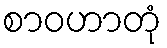
စာဝဟာတုံ